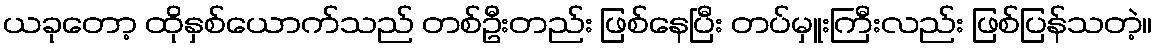
ယခုတော့ ထိုနှစ်ယောက်သည် တစ်ဦးတည်း ဖြစ်နေပြီး တပ်မှူးကြီးလည်း ဖြစ်ပြန်သတဲ့။